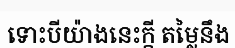
ទោះបីយ៉ាងនេះក្តី តម្លៃនឹង